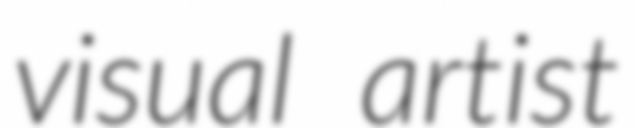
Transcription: visual artist